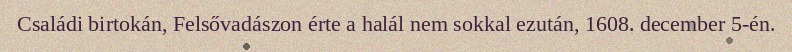
Családi birtokán, Felsővadászon érte a halál nem sokkal ezután, 1608. december 5-én.